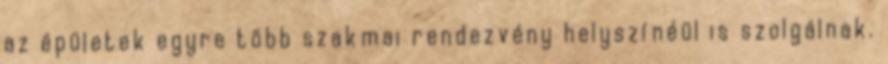
az épületek egyre több szakmai rendezvény helyszínéül is szolgálnak.